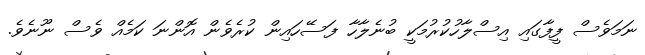
ނަމަވެސް ފީފާގައި އިސްލާހުކުރުމަކީ ބުނެލާހާ ފަސޭހައިން ކުރެވެން އޮންނަ ކަމެއް ވެސް ނޫނެވެ.